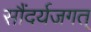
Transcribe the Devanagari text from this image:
सौंदर्यजगत्